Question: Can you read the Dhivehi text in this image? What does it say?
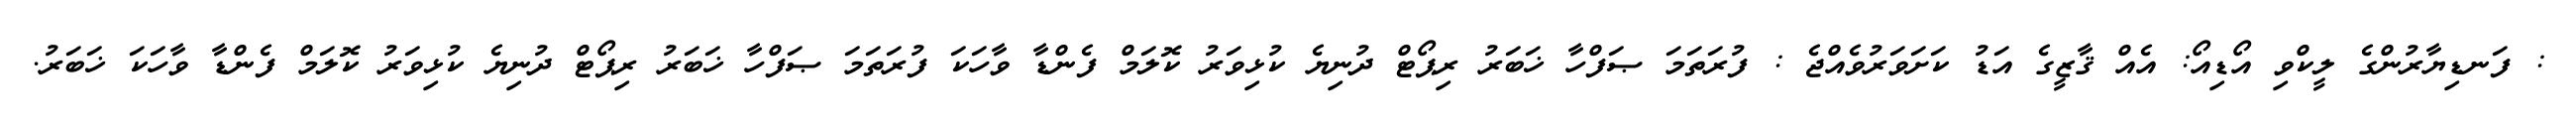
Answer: : ފަނޑިޔާރުންގެ ލީކްވި އޯޑިއޯ: އެއް ޤާޒީގެ އަޑު ކަށަވަރުވެއްޖެ : ފުރަތަމަ ޞަފްހާ ޚަބަރު ރިޕޯޓް ދުނިޔެ ކުޅިވަރު ކޮލަމް ފެންޑާ ވާހަކަ ފުރަތަމަ ޞަފްހާ ޚަބަރު ރިޕޯޓް ދުނިޔެ ކުޅިވަރު ކޮލަމް ފެންޑާ ވާހަކަ ޚަބަރު.